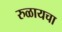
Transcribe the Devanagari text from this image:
रुळायचा